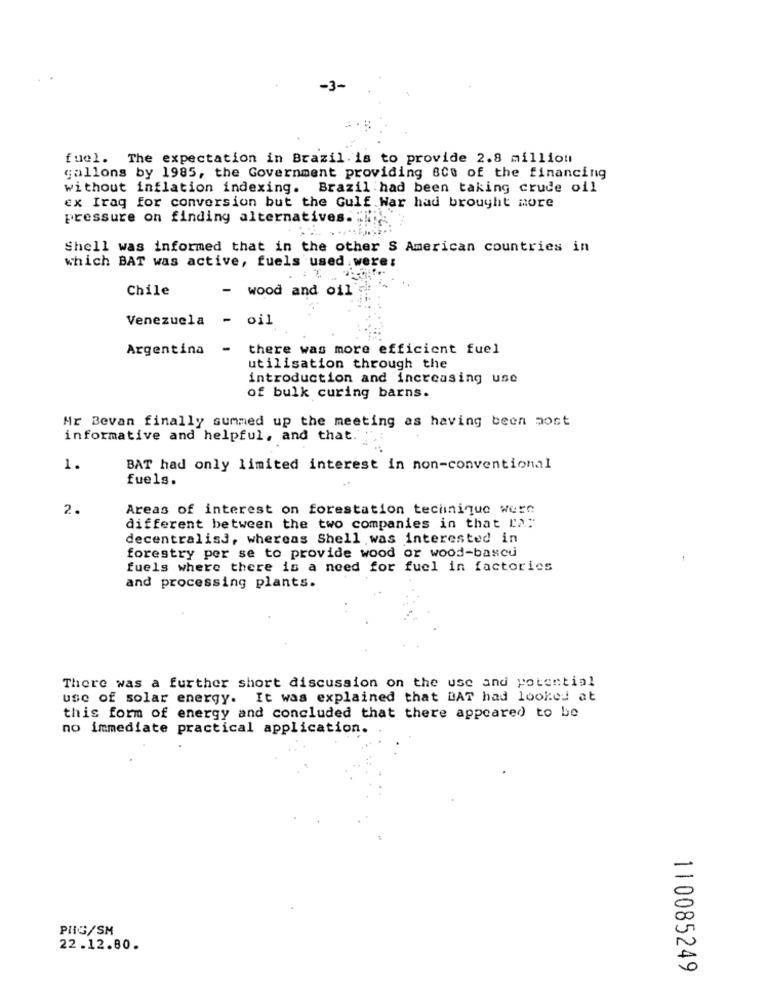
fuel. The expectation in Brazil. is to provide 2.8 million
gallons by 1985, the Government providing sco of the financing
without inflation indexing. Brazil had been taking crude oil
ex Iraq for conversion but the Gulf War had brought more
pressure on finding alternatives."
Shell was informed that in the other S American countries in
which BAT was active, fuels used. were:
Chile
- wood and oil
Venezuela - oil
Argentina
- there was more efficient fuel
utilisation through the
introduction and increasing use
of bulk curing barns.
Mr Bevan finally summed up the meeting as having been most
informative and helpful, and that.'
1.
BAT had only limited interest in non-conventional
fuels.
2.
Areas of interest on forestation technique were
different between the two companies in that I2 .:
decentralisj, whereas Shell was interested in
forestry per se to provide wood or wood-bascu
fuels where there is a need for fuel in factories
and processing plants.
There was a further short discussion on the use and potential
use of solar energy. It was explained that BAT had looked at
this form of energy and concluded that there appeared to be
no immediate practical application.
-
PHG/SM
22.12.80.
0
110085249